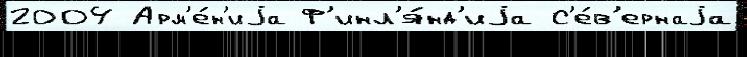
2004 Арм'е́н'иjа Ф'инл'я́нд'иjа С'е́в'ернаjа